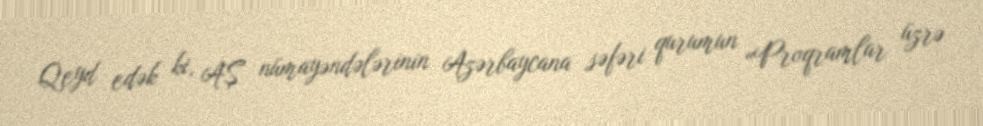
Qeyd edək ki, AŞ nümayəndələrinin Azərbaycana səfəri qurumun «Proqramlar üzrə